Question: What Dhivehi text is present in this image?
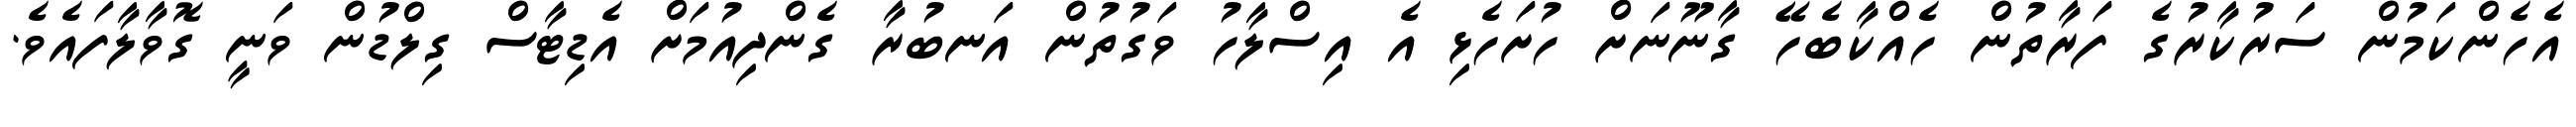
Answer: އެހެންކަމުން ސަރުކާރުގެ ފަރާތުން ހެއްކާބެހޭ ގާނޫނަށް ހުށަހެޅި އެ އިސްލާހު ވަގުތުން އަނބުރާ ގެންދިއުމަށް އެޑިޓާސް ގިލްޑުން ވަނީ ގޮވާލާފައެވެ.